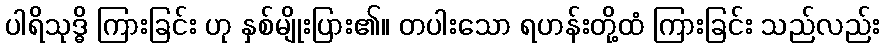
ပါရိသုဒ္ဓိ ကြားခြင်း ဟု နှစ်မျိုးပြား၏။ တပါးသော ရဟန်းတို့ထံ ကြားခြင်း သည်လည်း